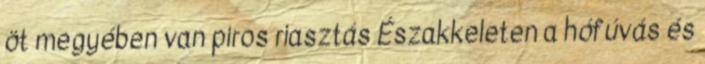
öt megyében van piros riasztás Északkeleten a hófúvás és